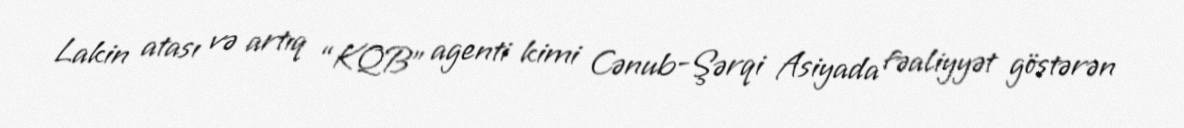
Lakin atası və artıq “KQB” agenti kimi Cənub-Şərqi Asiyada fəaliyyət göstərən